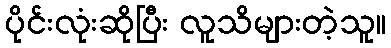
ပိုင်းလုံးဆိုပြီး လူသိများတဲ့သူ။